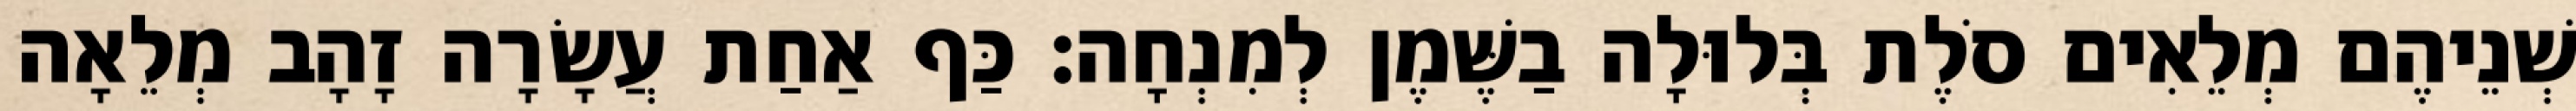
שְׁנֵיהֶם מְלֵאִים סֹלֶת בְּלוּלָה בַשֶּׁמֶן לְמִנְחָה׃ כַּף אַחַת עֲשָׂרָה זָהָב מְלֵאָה